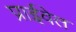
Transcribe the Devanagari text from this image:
प्राईवेत